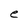
Character: e